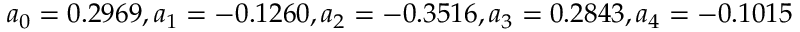
a _ { 0 } = 0 . 2 9 6 9 , a _ { 1 } = - 0 . 1 2 6 0 , a _ { 2 } = - 0 . 3 5 1 6 , a _ { 3 } = 0 . 2 8 4 3 , a _ { 4 } = - 0 . 1 0 1 5